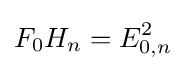
F_{0}H_{n}=E_{0,n}^{2}